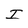
Character: I